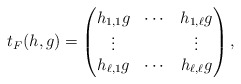
\begin{align*}t_F(h,g)= \begin{pmatrix}h_{1,1}g&\cdots&h_{1,\ell}g\\\vdots&&\vdots\\h_{\ell,1}g&\cdots&h_{\ell,\ell}g\end{pmatrix},\end{align*}